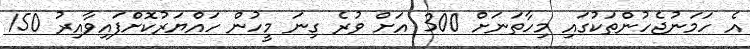
އެ ހަމަނުޖެހުންތަކުގައި މިހާތަނަށް 300 އަށް ވުރެ ގިނަ މީހުން ހައްޔަރުކޮށްފައިވާއިރު 150